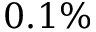
0 . 1 \%